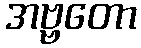
အဗ္ဗတော